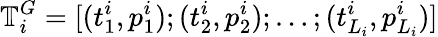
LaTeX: \mathbb{T}_{i}^{G}=[(t_{1}^{i},p_{1}^{i});(t_{2}^{i},p_{2}^{i});\dots;(t_{L_{i}}^{i},p_{L_{i}}^{i})]